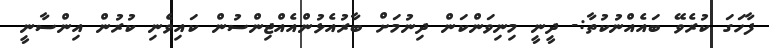
ފާހަގަ ކުރެވޭ ބައެއްނުކުތާ:- ދީނީ މިނިވަންކަން ދިނުމަށް ބާރުއެޅުންއެއްޖިންސުން ކައިވެނި ކުރުން އިންސާނީ